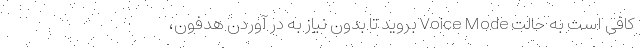
کافی است به حالت Voice Mode بروید تا بدون نیاز به در آوردن هدفون،